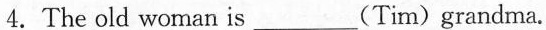
4.The old woman is ___(Tim)grandma.